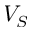
V _ { S }